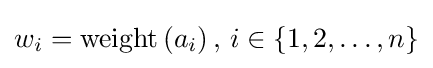
w_{i}=\operatorname {weight} \left(a_{i}\right),\,i\in \{1,2,\dots ,n\}